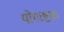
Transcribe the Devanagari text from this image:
योगाष्टक